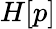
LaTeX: H[p]